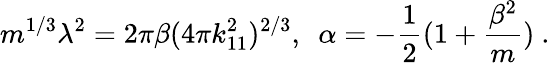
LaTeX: m^{1/3}\lambda^{2}=2\pi\beta(4\pi k_{11}^{2})^{2/3},\ \ \alpha=-{\frac{1}{2}}(1+{\frac{\beta^{2}}{m}})\ .